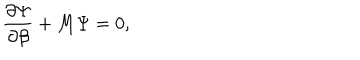
\frac { \partial \Psi } { \partial \beta } + M \Psi = 0 ,